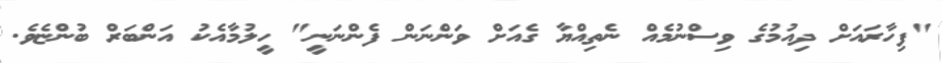
"ފިހާރައަށް ދިއުމުގެ ވިސްނުމެއް ނެތިއްޔާ ގެއަށް ވަންނަން ފެންނަނީ" ހީލުމާއެކު އަންބަރް ބުންޏެވެ.